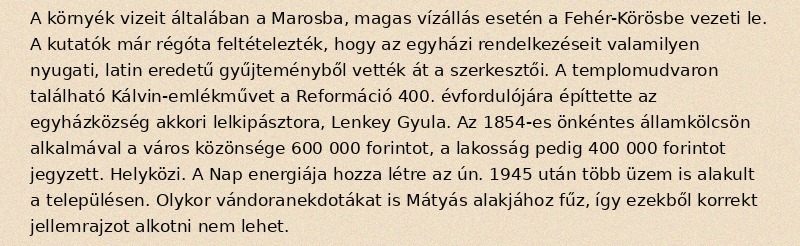
A környék vizeit általában a Marosba, magas vízállás esetén a Fehér-Körösbe vezeti le. A kutatók már régóta feltételezték, hogy az egyházi rendelkezéseit valamilyen nyugati, latin eredetű gyűjteményből vették át a szerkesztői. A templomudvaron található Kálvin-emlékművet a Reformáció 400. évfordulójára építtette az egyházközség akkori lelkipásztora, Lenkey Gyula. Az 1854-es önkéntes államkölcsön alkalmával a város közönsége 600 000 forintot, a lakosság pedig 400 000 forintot jegyzett. Helyközi. A Nap energiája hozza létre az ún. 1945 után több üzem is alakult a településen. Olykor vándoranekdotákat is Mátyás alakjához fűz, így ezekből korrekt jellemrajzot alkotni nem lehet.